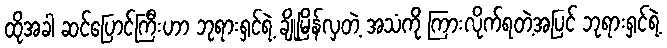
ထိုအခါ ဆင်ပြောင်ကြီးဟာ ဘုရားရှင်ရဲ့ ချိုမြိန်လှတဲ့ အသံကို ကြားလိုက်ရတဲ့အပြင် ဘုရားရှင်ရဲ့